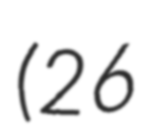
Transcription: (26